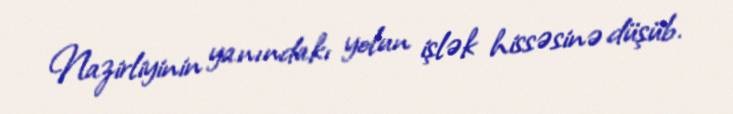
Nazirliyinin yanındakı yolun işlək hissəsinə düşüb.